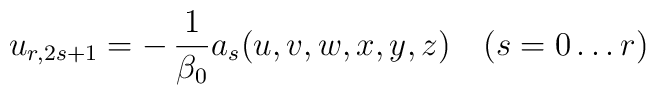
u_{r, 2s + 1} = - \, \frac{1}{\beta_{0}} a_{s} (u, v, w, x, y, z) \quad(s = 0 \ldots r)